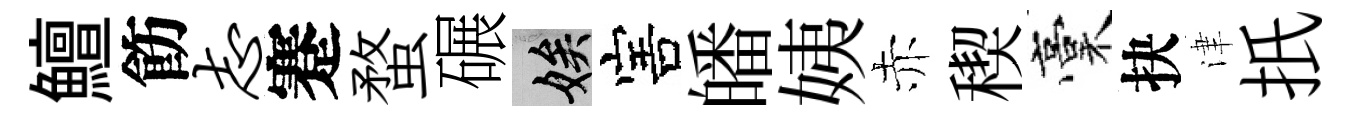
鱣飭志蹇蝥碾娭害皤姨赤稧稾抉津扺